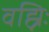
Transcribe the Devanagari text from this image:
वह्निः